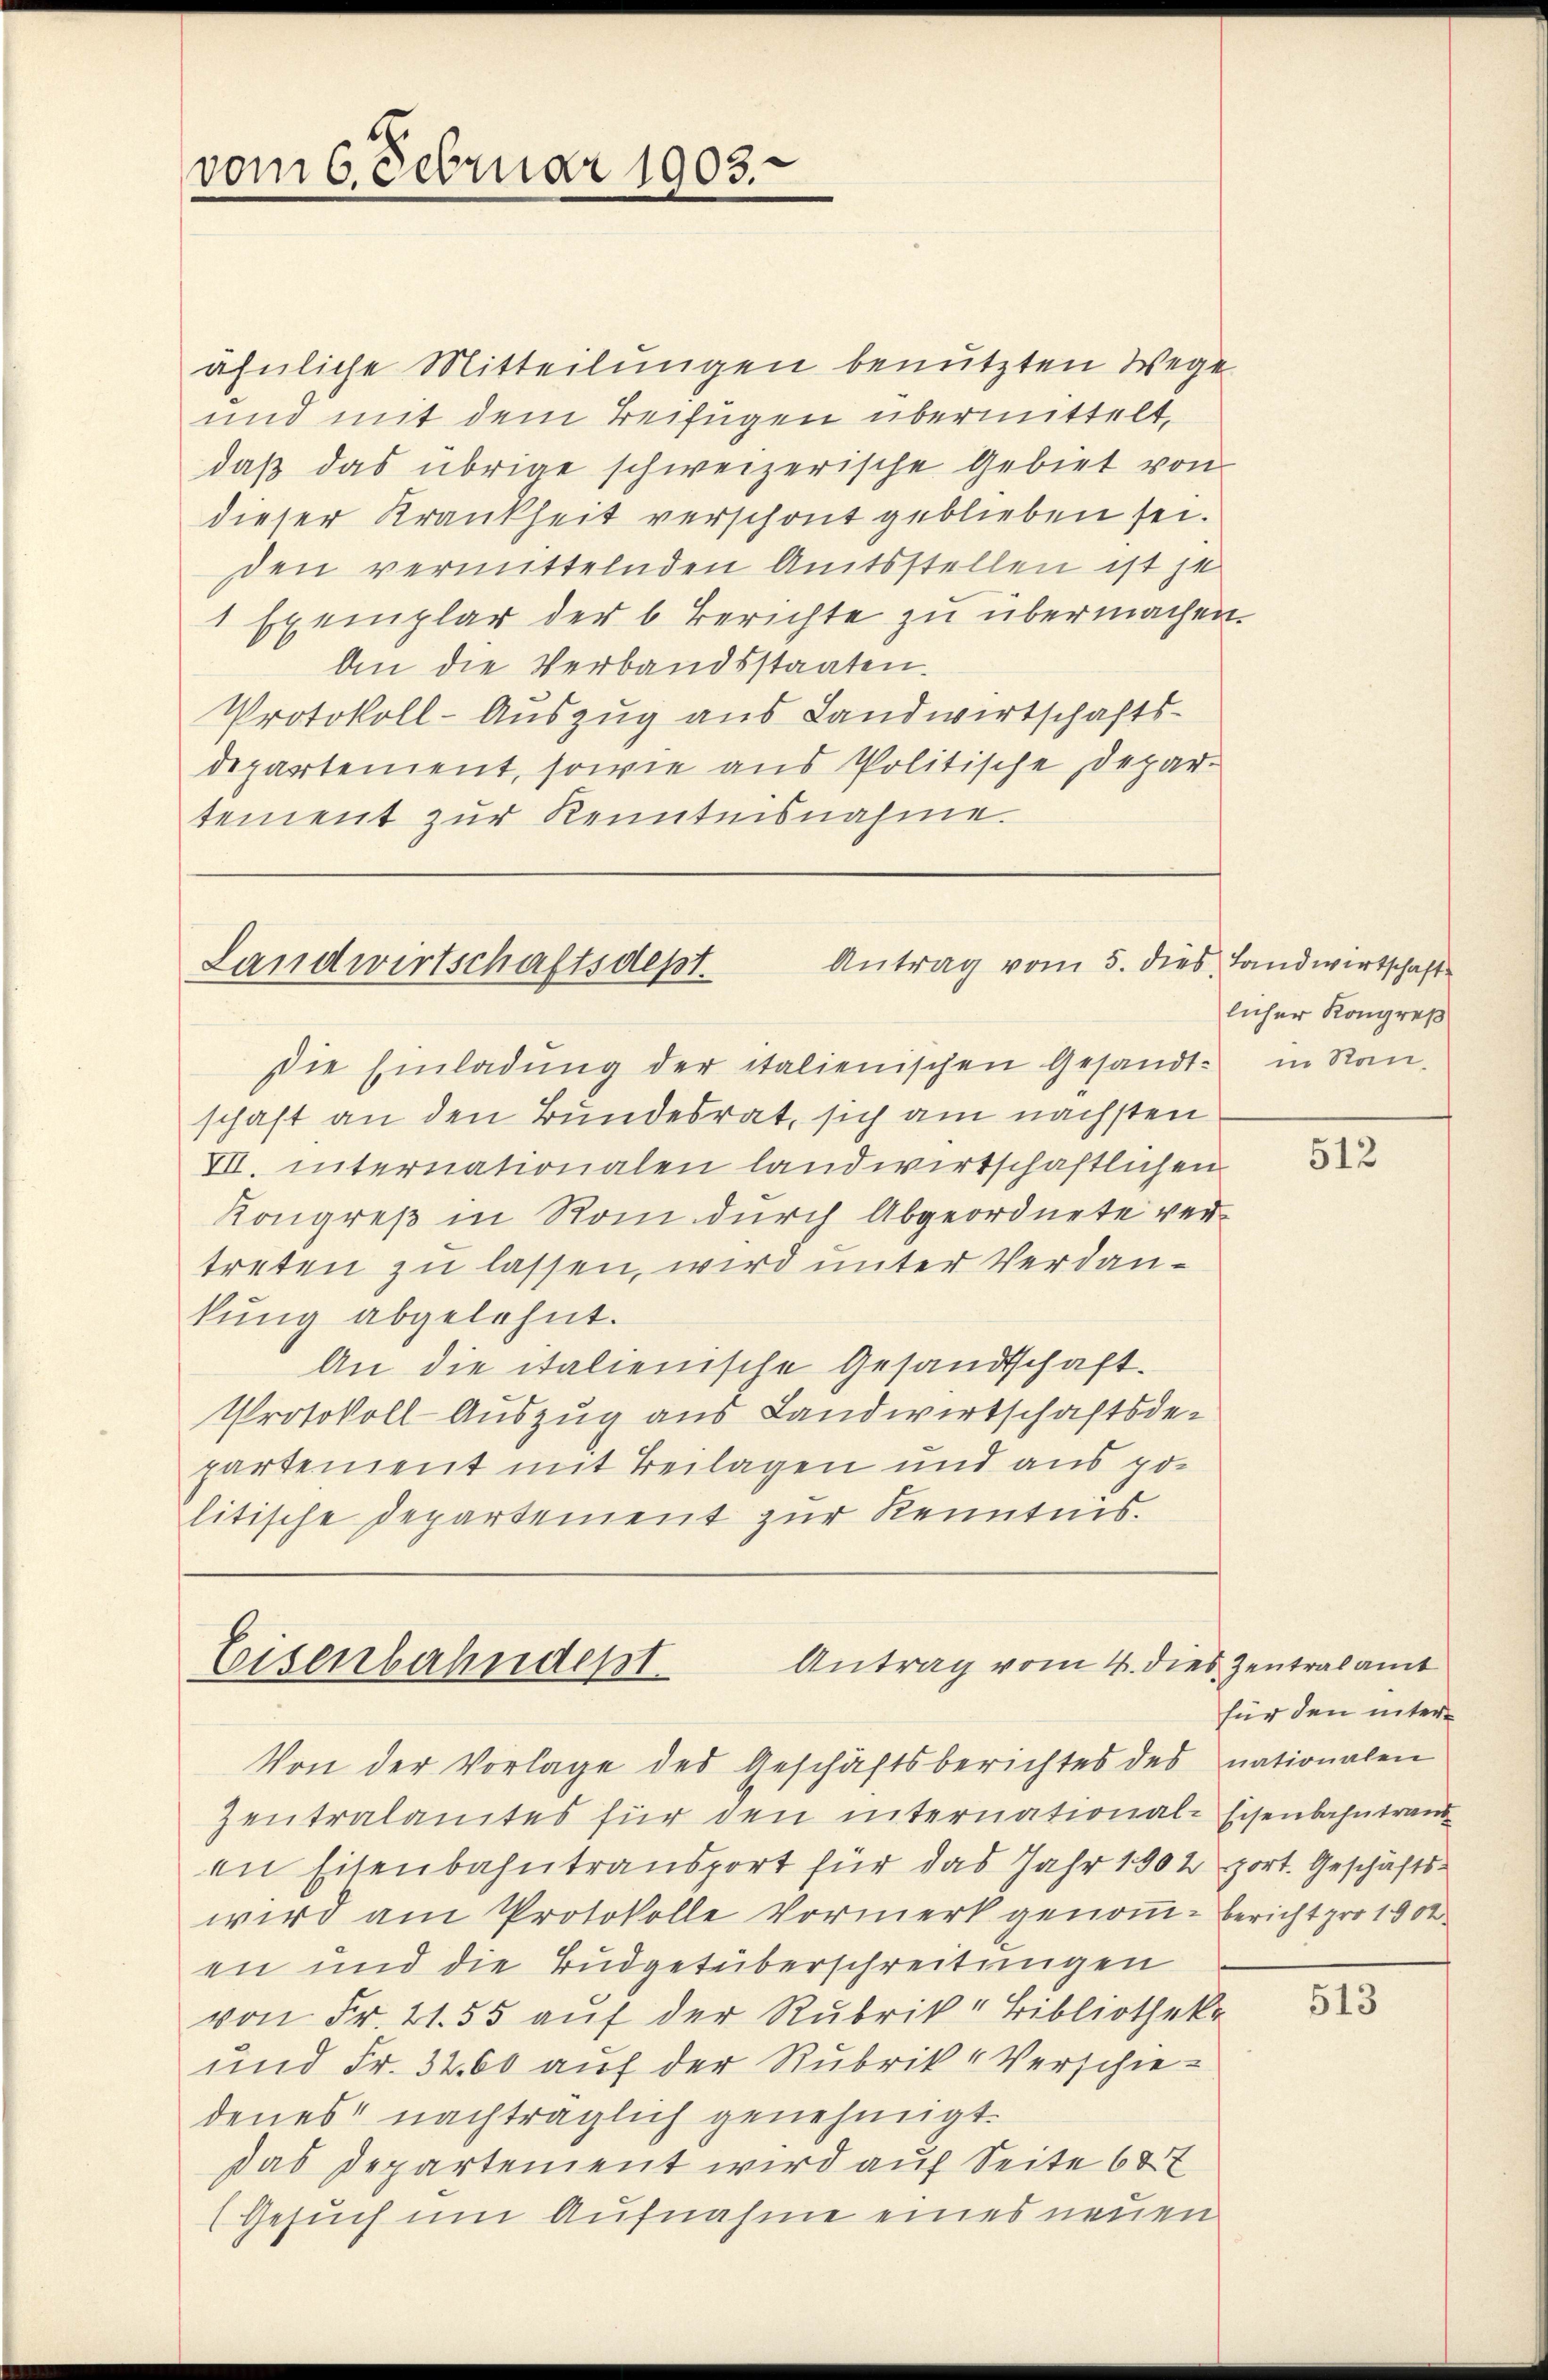
vom 6. Februar 1903.

ähnliche Mitteilungen benutzten Wege
und mit dem Beifügen übermittelt,
daß das übrige schweizerische Gebiet von
dieser Krankheit verschont geblieben sei.
den vermittelnden Amtsstellen ist je
1 Exemplar der 6 Berichte zu übermachen.
An die Verbandsstaaten.
Protokoll-Auszug aus Landwirtschafts-
departement, sowie aus Politische Departement zur Kenntnisnahme.

Antrag vom 5. dies Landwirtschaft
Landwirtschaftsdept.

Die Einladung der italienischen Gesandtschaft an den Bundesrat, sich am nächsten
VII. internationalen landwirtschaftlichen
Kongreß in Rom durch Abgeordnete vertreten zu lassen, wird unter Verdankung abgelehnt.
An die italienische Gesandtschaft.
Protokoll-Auszug aus Landwirtschaftsdepartement mit Beilagen und aus politische Departement zur Kenntnis.

Antrag vom 4. dies Zentralamt
Eisenbahndept

Zentralamtes für den international-Eisenbahntrand
en Eisenbahntransport für das Jahr 1902 port. Geschäfts-
wird am Protokolle Vormerk genoṁ-Bericht pro 1900
en und die Budgetüberschreitungen
von Fr. 21. 55 auf der Rubrik Bibliotheka
und Fr. 32. 60 auf der Rubrik Verschie-
denes nachträglich genehmigt.
Das Departement wird auf Seite 687
(Gesuch um Aufnahme eines neuen

Von der Vorlage des Geschäftsberichtes des nationalen

licher Kongreß
in Stan¬

512

für den inter¬

513